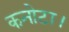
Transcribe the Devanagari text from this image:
कनोटा।